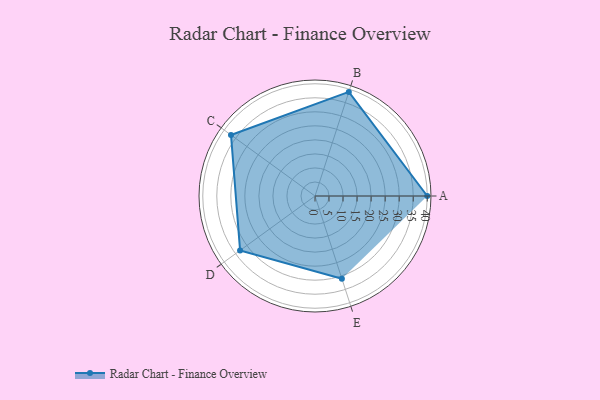
{"axis": {"x": "Skill", "y": "Score"}, "legend": ["Profile"], "data": [{"x": "A", "y": 40.0, "type": "Profile"}, {"x": "B", "y": 39.0, "type": "Profile"}, {"x": "C", "y": 37.0, "type": "Profile"}, {"x": "D", "y": 33.0, "type": "Profile"}, {"x": "E", "y": 31.0, "type": "Profile"}]}